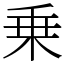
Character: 乗